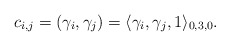
\begin{align*}c_{i,j}=(\gamma_i,\gamma_j)=\langle \gamma_i,\gamma_j,1\rangle_{0,3,0}.\end{align*}